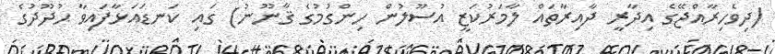
(ދިވެހިރާއްޖޭގެ އިދާރީ ދާއިރާތައް ލާމަރުކަޒީ އުސޫލުން ހިންގުމުގެ ޤާނޫނު) ގައި ކަނޑައަޅާފައިވާ ޙުދޫދުގެ